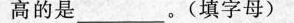
高的是________。(填字母)